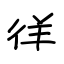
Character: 徉